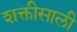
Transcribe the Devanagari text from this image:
शक्तीसाली